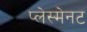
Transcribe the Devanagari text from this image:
प्लेस्मेनट